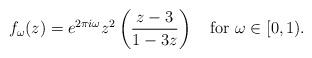
LaTeX: \begin{align*}f_{\omega}(z)=e^{2\pi i\omega}z^2\left(\frac{z-3}{1-3z}\right)\quad\mbox{for $\omega\in[0,1)$.}\end{align*}